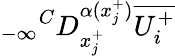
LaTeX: {_{-\infty}}^{C}D_{x_{j}^{+}}^{\alpha(x_{j}^{+})}\overline{{U_{i}^{+}}}